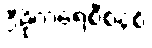
ဒီမိုကရေစီစနစ်